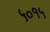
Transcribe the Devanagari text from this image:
५०१५